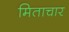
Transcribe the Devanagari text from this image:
मिताचार